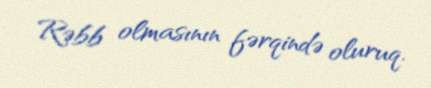
Rəbb olmasının fərqində oluruq.